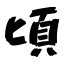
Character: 頃